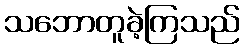
သဘောတူခဲ့ကြသည်